[Report on the health of British troops in the Madras command]
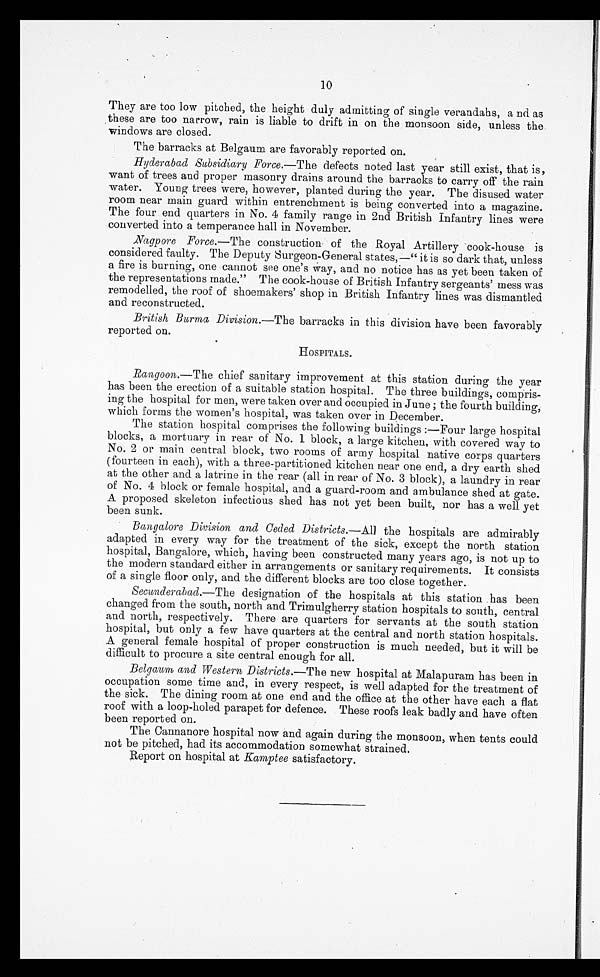
10
They are too low pitched, the height duly admitting of single verandahs, and as
these are too narrow, rain is liable to drift in on the monsoon side, unless the
windows are closed.
The barracks at Belgaum are favorably reported on.
Hyderabad Subsidiary Force. —The defects noted last year still exist, that is,
want of trees and proper masonry drains around the barracks to carry off the rain
water. Young trees were, however, planted during the year. The disused water
room near main guard within entrenchment is being converted into a magazine.
The four end quarters in No. 4 family range in 2nd British Infantry lines were
converted into a temperance hall in November.
Nagpore Force —The construction of the Royal Artillery cook-house is
considered faulty. The Deputy surgeon-General states,—"it is so dark that, unless
a fire is burning, one cannot see one's way, and no notice has as yet been taken of
the representations made." The cook-house of British Infantry sergeants' mess was
remodelled, the roof of shoemakers' shop in British Infantry lines was dismantled
and reconstructed.
British Burma Division. —The barracks in this division have been favorably
reported on.
HOSPITALS.
Rangoon. —The chief sanitary improvement at this station during the year
has been the erection of a suitable station hospital. The three buildings, compris-
ing the hospital for men, were taken over and occupied in June; the fourth building,
which forms the women's hospital, was taken over in December.
The station hospital comprises the following buildings:—Four large hospital
blocks, a mortuary in rear of No. 1 block, a large kitchen, with covered way to
No. 2 or main central block, two rooms of army hospital native corps quarters
(fourteen in each), with a three-partitioned kitchen near one end, a dry earth shed
at the other and a latrine in the rear (all in rear of No. 3 block), a laundry in rear
of No. 4 block or female hospital, and a guard-room and ambulance shed at gate.
A proposed skeleton infectious shed has not yet been built, nor has a well yet
been sunk.
Bangalore Division and Ceded Districts.—All the hospitals are admirably
adapted in every way for the treatment of the sick, except the north station
hospital, Bangalore, which, having been constructed many years ago, is not up to
the modern standard either in arrangements or sanitary requirements. It consists
of a single floor only, and the different blocks are too close together.
Secunderabad.—The designation of the hospitals at this station has been
changed from the south, north and Trimulgherry station hospitals to south, central
and north, respectively. There are quarters for servants at the south station
hospital, but only a few have quarters at the central and north station hospitals.
A general female hospital of proper construction is much needed, but it will be
difficult to procure a site central enough for all.
Belgaum and Western Districts. —The new hospital at Malapuram has been in
occupation some time and, in every respect, is well adapted for the treatment of
the sick. The dining room at one end and the office at the other have each a flat
roof with a loop-holed parapet for defence. These roofs leak badly and have often
been reported on.
The Cannanore hospital now and again during the monsoon, when tents could
not be pitched, had its accommodation somewhat strained.
Report on hospital at Kamptee satisfactory.